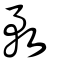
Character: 敄